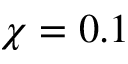
\chi = 0 . 1